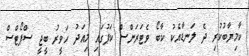
ކާމިޔާބުކުރި ދެ ލަނޑާއެކު ކާބޯ ވެޓަރަންސް ކަޕުގައި މިއަދު ހަވީރު ބީޖީ ސްޕޯޓްސް